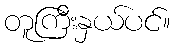
တူကြီးနှယ်ပင်။